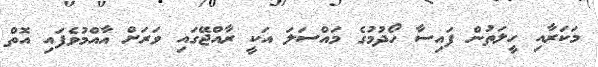
މަކަރާއި ހީލަތުން ފައިސާ ހޯދުމުގެ މައްސަލަ އަކީ ރާއްޖޭގައި ވަރަށް އާއްމުވެފައި އޮތް